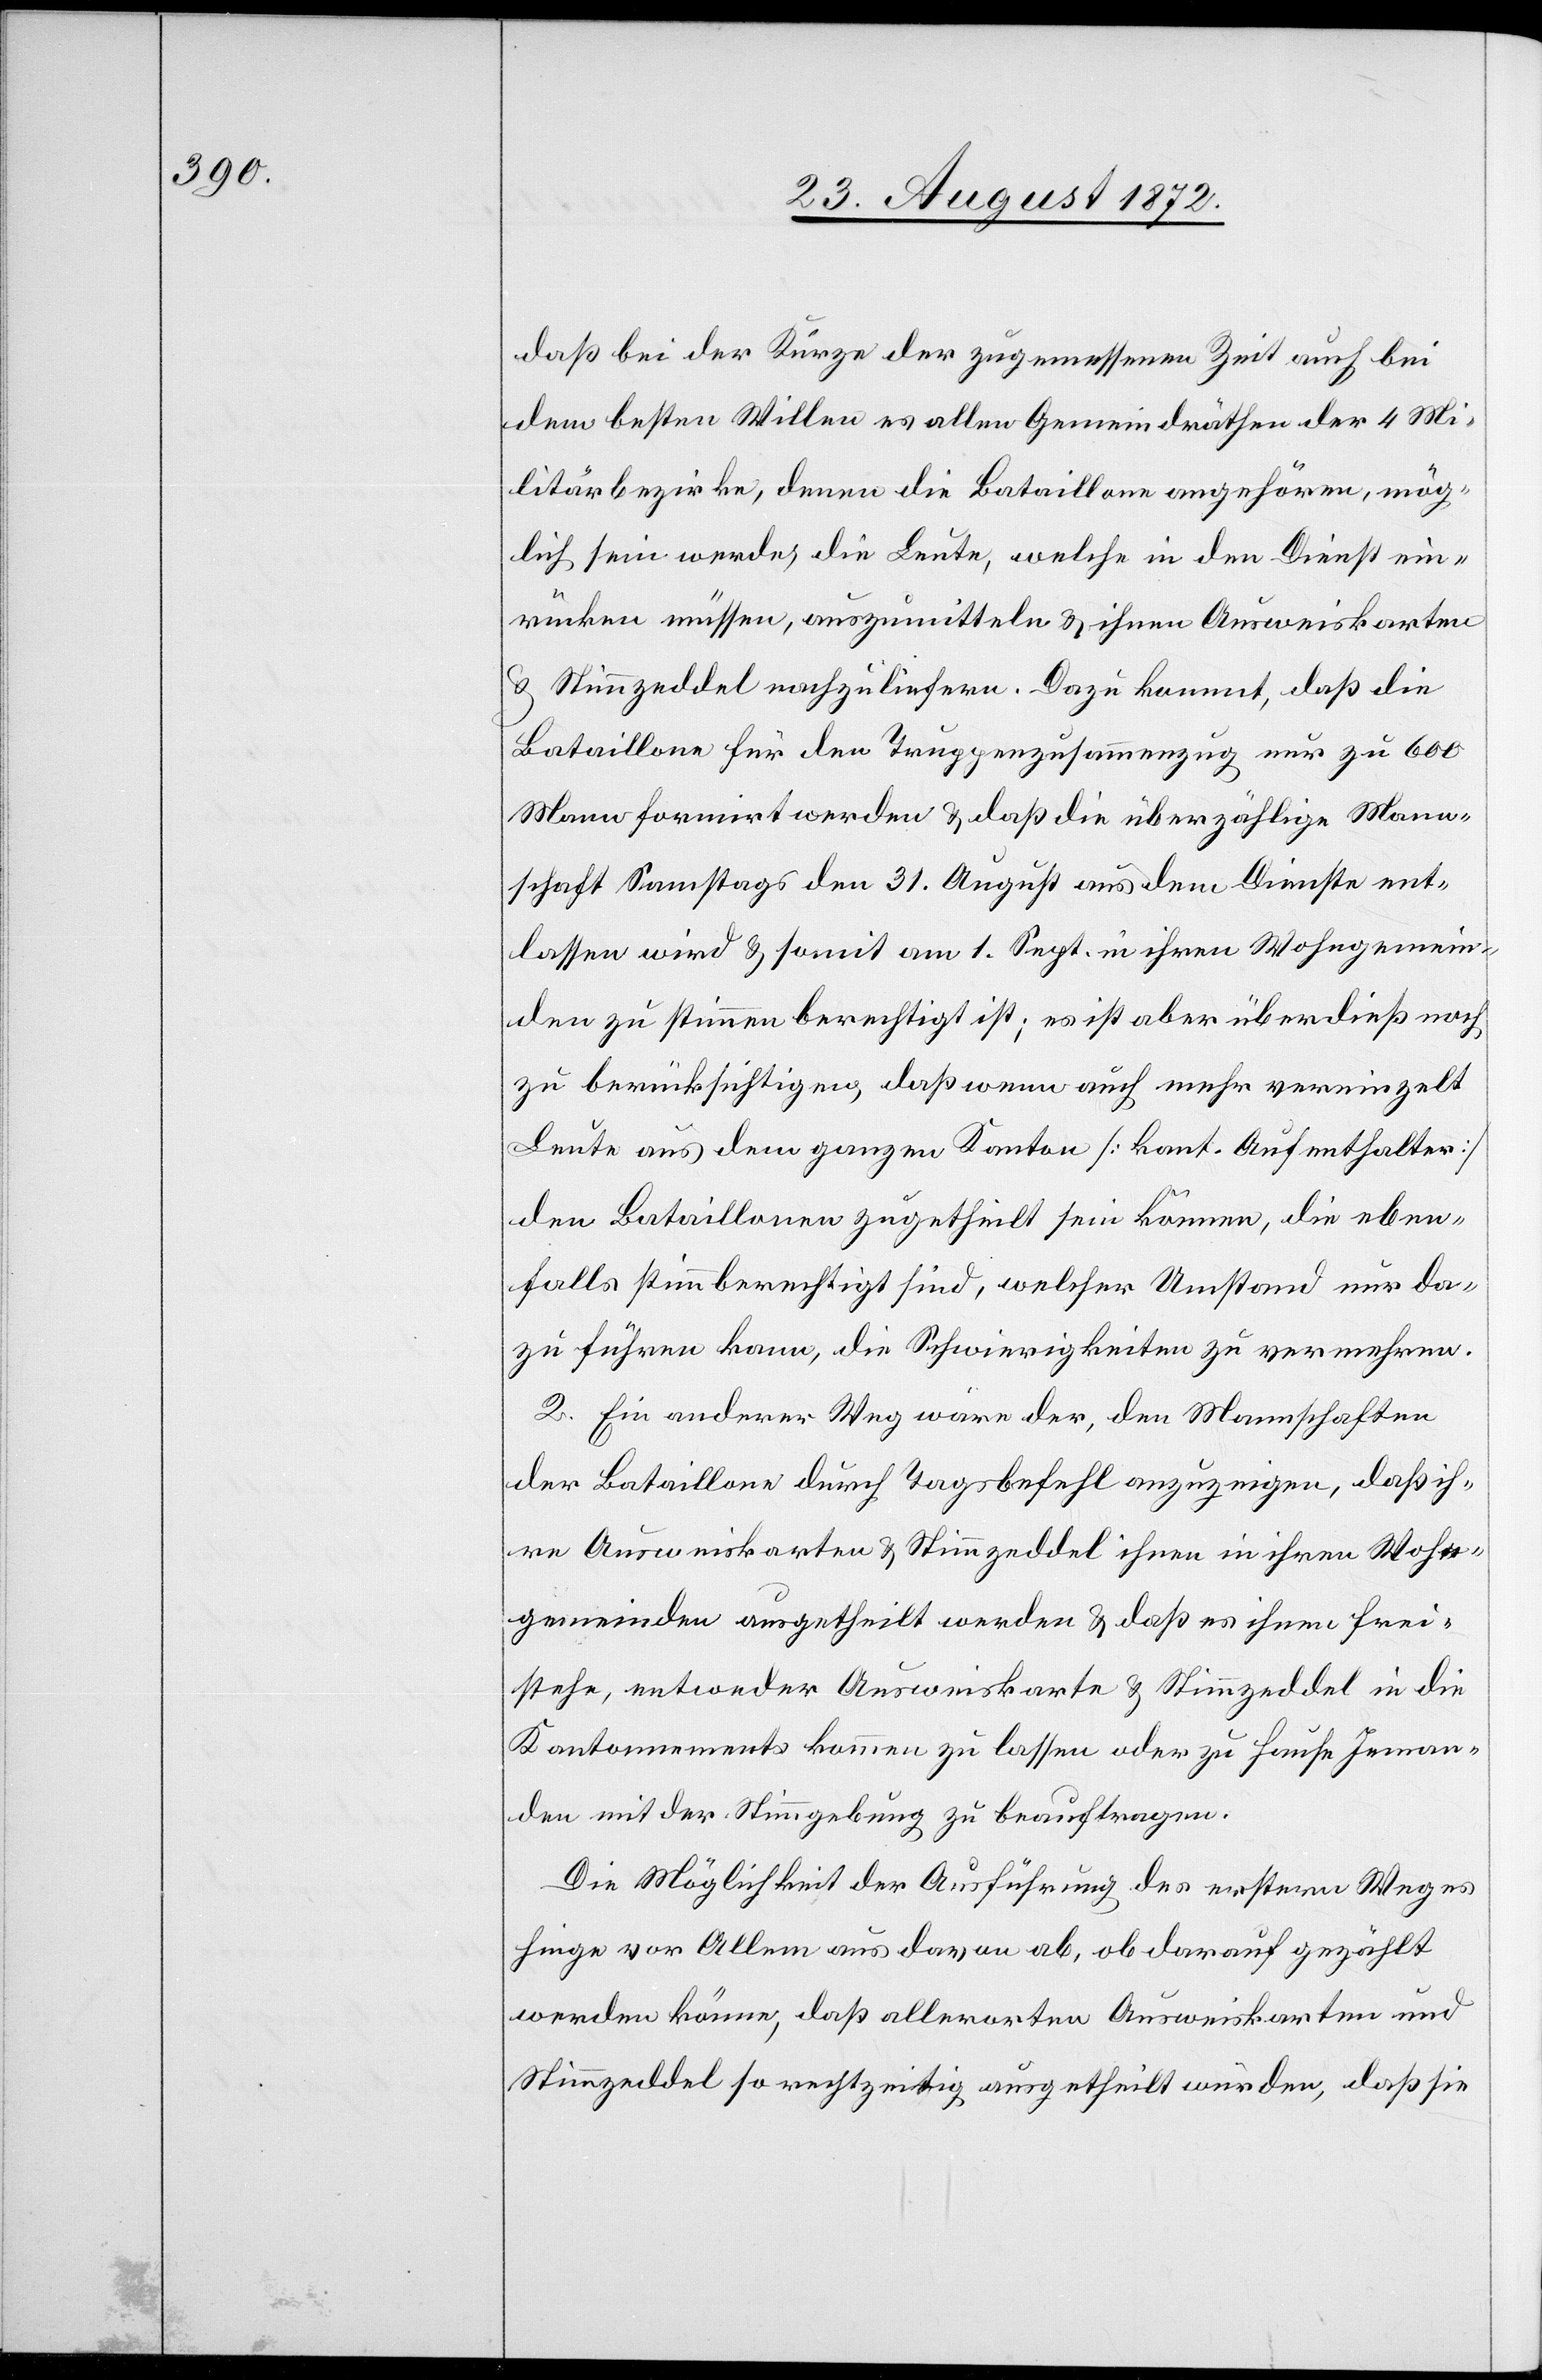
daß bei der Kürze der zugemessenen Zeit auch bei
dem besten Willen es allen Gemeindräthen der 4 Mi¬
litärbezirke, denen die Bataillone angehören, mög¬
lich sein werde, die Leute, welche in den Dienst ein¬
rücken müssen, auszumitteln u. ihnen Ausweiskarten
u. Stimmzeddel nachzuliefern. Dazu kommt, daß die
Bataillone für den Truppenzusammenzug nur zu 600
Mann formirt werden u. daß die überzählige Mann¬
schaft Samstags den 31. August aus dem Dienste ent¬
lassen wird u. somit am 1. Sept. in ihren Wohngemein¬
den zu stimmen berechtigt ist; es ist aber überdieß noch
zu berücksichtigen, daß wenn auch mehr vereinzelt
Leute aus dem ganzen Kanton [kant. Aufenthalter]
den Bataillonen zugetheilt sein können, die eben¬
falls stimmberechtigt sind, welcher Umstand nur da¬
zu führen kann, die Schwierigkeiten zu vermehren.
2. Ein anderer Weg wäre der, den Mannschaften
der Bataillone durch Tagsbefehl anzuzeigen, daß ih¬
re Ausweiskarten u. Stimmzeddel ihnen in ihren Wohn¬
gemeinden ausgetheilt werden u. daß es ihnen frei¬
stehe, entweder Ausweiskarte u. Stimmzeddel in die
Kantonnements kommen zu lassen oder zu Hause Jeman¬
den mit der Stimmgebung zu beauftragen.
Die Möglichkeit der Ausführung des erstern Weges
hinge vor Allem aus davon ab, ob darauf gezählt
werden könne, daß allerorten Ausweiskarten und
Stimmzeddel so rechtzeitig ausgetheilt würden, daß sie